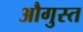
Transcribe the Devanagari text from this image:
औगुस्त